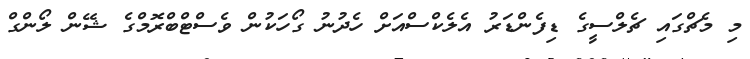
މި މެޗްގައި ޗެލްސީގެ ޑިފެންޑަރު އެލެކްސްއަށް ހެދުނު ގޯހަކުން ވެސްޓްބްރޮމްގެ ޝޭން ލޯންގް